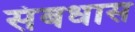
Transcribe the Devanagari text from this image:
संबधास